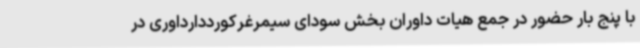
با پنج بار حضور در جمع هیات داوران بخش سودای سیمرغرکورددارداوری در